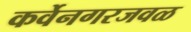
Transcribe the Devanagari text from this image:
कर्वेनगरजवळ